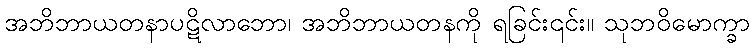
အဘိဘာယတနာပဋိလာဘော၊ အဘိဘာယတနကို ရခြင်း၎င်း။ သုဘဝိမောက္ခာ